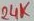
Text: 24K